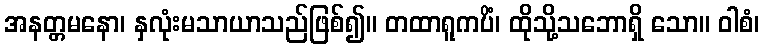
အနတ္တမနော၊ နှလုံးမသာယာသည်ဖြစ်၍။ တထာရူကပိံ၊ ထိုသို့သဘောရှိ သော။ ဝါစံ၊